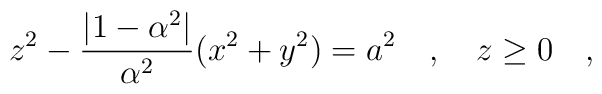
z^2-{|1-\alpha^2| \over \alpha^2}(x^2+y^2)=a^2~~~,~~~z\ge0~~~,